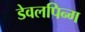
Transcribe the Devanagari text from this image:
डेवलपिन्ग